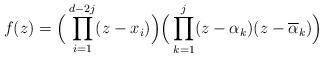
LaTeX: \begin{align*}f(z)=\Big(\prod_{i=1}^{d-2j}(z-x_i)\Big)\Big(\prod_{k=1}^j(z-\alpha_k)(z-\overline{\alpha}_k)\Big)\end{align*}